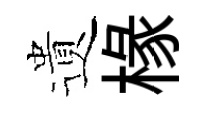
遺椽